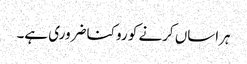
ہراساں کرنے کو روکنا ضروری ہے۔